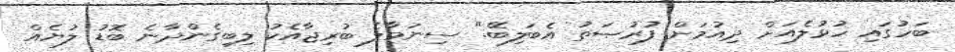
ބަހުގައި ހުޅުލެއަށް ދިއުމަށް ފުރުޞަތު އެބަލިބޭ." ސިނަމާލެ ބުރިޖާއެކު ލިބިގެންދާނެ ބޮޑު ލުޔެއް